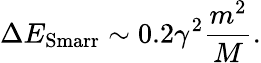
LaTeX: \Delta E_{\mathrm{Smarr}}\sim 0.2\gamma^{2}\frac{m^{2}}{M}.